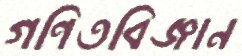
গণিতবিজ্ঞান